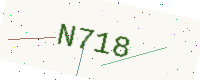
Text: N718